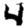
Digit: 4